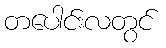
တပေါင်းလတွင်